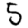
Digit: 5